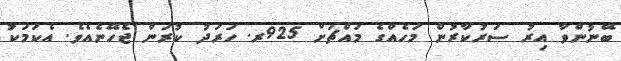
ބޭނުންވާ އިރު ސަރުކާރުން މަހެއްގެ މައްޗަށް 925ރ. ހަރަދު ކުރަން ޖެހޭނެއެވެ. އެކަމަކު